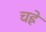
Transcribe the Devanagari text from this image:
चह्रे